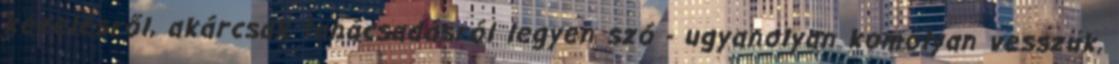
kezelésről, akárcsak tanácsadásról legyen szó - ugyanolyan komolyan vesszük,